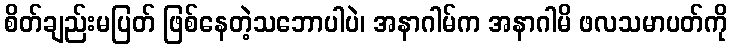
စိတ်ချည်းမပြတ် ဖြစ်နေတဲ့သဘောပါပဲ၊ အနာဂါမ်က အနာဂါမိ ဖလသမာပတ်ကို